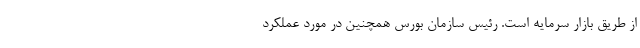
از طریق بازار سرمایه است. رئیس سازمان بورس همچنین در مورد عملکرد